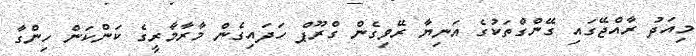
މިއަދު ރާއްޖޭގައި ގޭންގްތަކުގެ އަނިޔާ ރޭވިގެން ގްރޫޕް ހަދައިގެން މާރާމާރީގެ ކަންކަން ހިންގާ